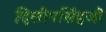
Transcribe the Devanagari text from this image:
दिलीपसिंहजी